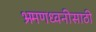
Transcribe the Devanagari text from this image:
भ्रमणध्वनीसाठी